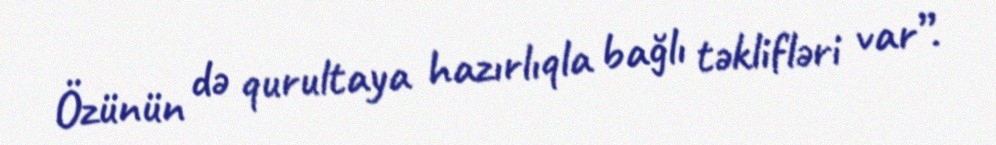
Özünün də qurultaya hazırlıqla bağlı təklifləri var”.